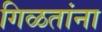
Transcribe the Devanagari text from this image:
गिळतांना